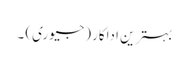
بہترین اداکار (جیوری) ۔